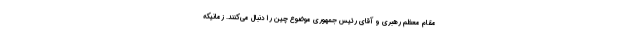
مقام معظم رهبری و آقای رئیس جمهوری موضوع چین را دنبال می‌کنند. زمانیکه